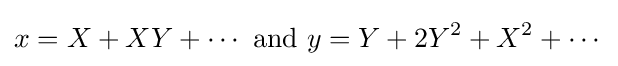
x=X+XY+\cdots {\text{ and }}y=Y+2Y^{2}+X^{2}+\cdots